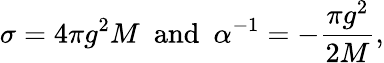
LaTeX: \sigma=4\pi g^{2}M~~\mathrm{and}~~\alpha^{-1}=-\frac{\pi g^{2}}{2M},